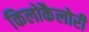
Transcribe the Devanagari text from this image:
किलोकैलोरी